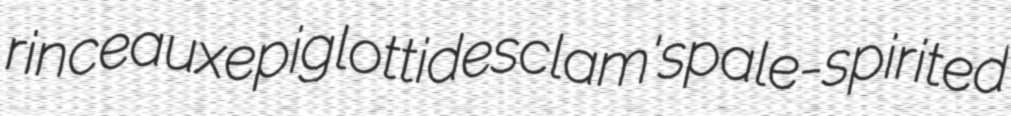
rinceaux epiglottides clam's pale-spirited